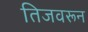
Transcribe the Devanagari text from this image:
तिजवरून